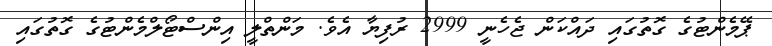
ޕޭމެންޓުގެ ގޮތުގައި ދައްކަން ޖެހެނީ 2999 ރުފިޔާ އެވެ. މަންތްލީ އިންސްޓޯލްމެންޓުގެ ގޮތުގައި